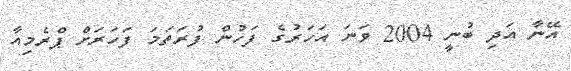
އޭނާ އަދި ބުނީ 2004 ވަނަ އަހަރުގެ ފަހުން ފުރަތަމަ ފަހަރަށް ޕްރެމިއާ